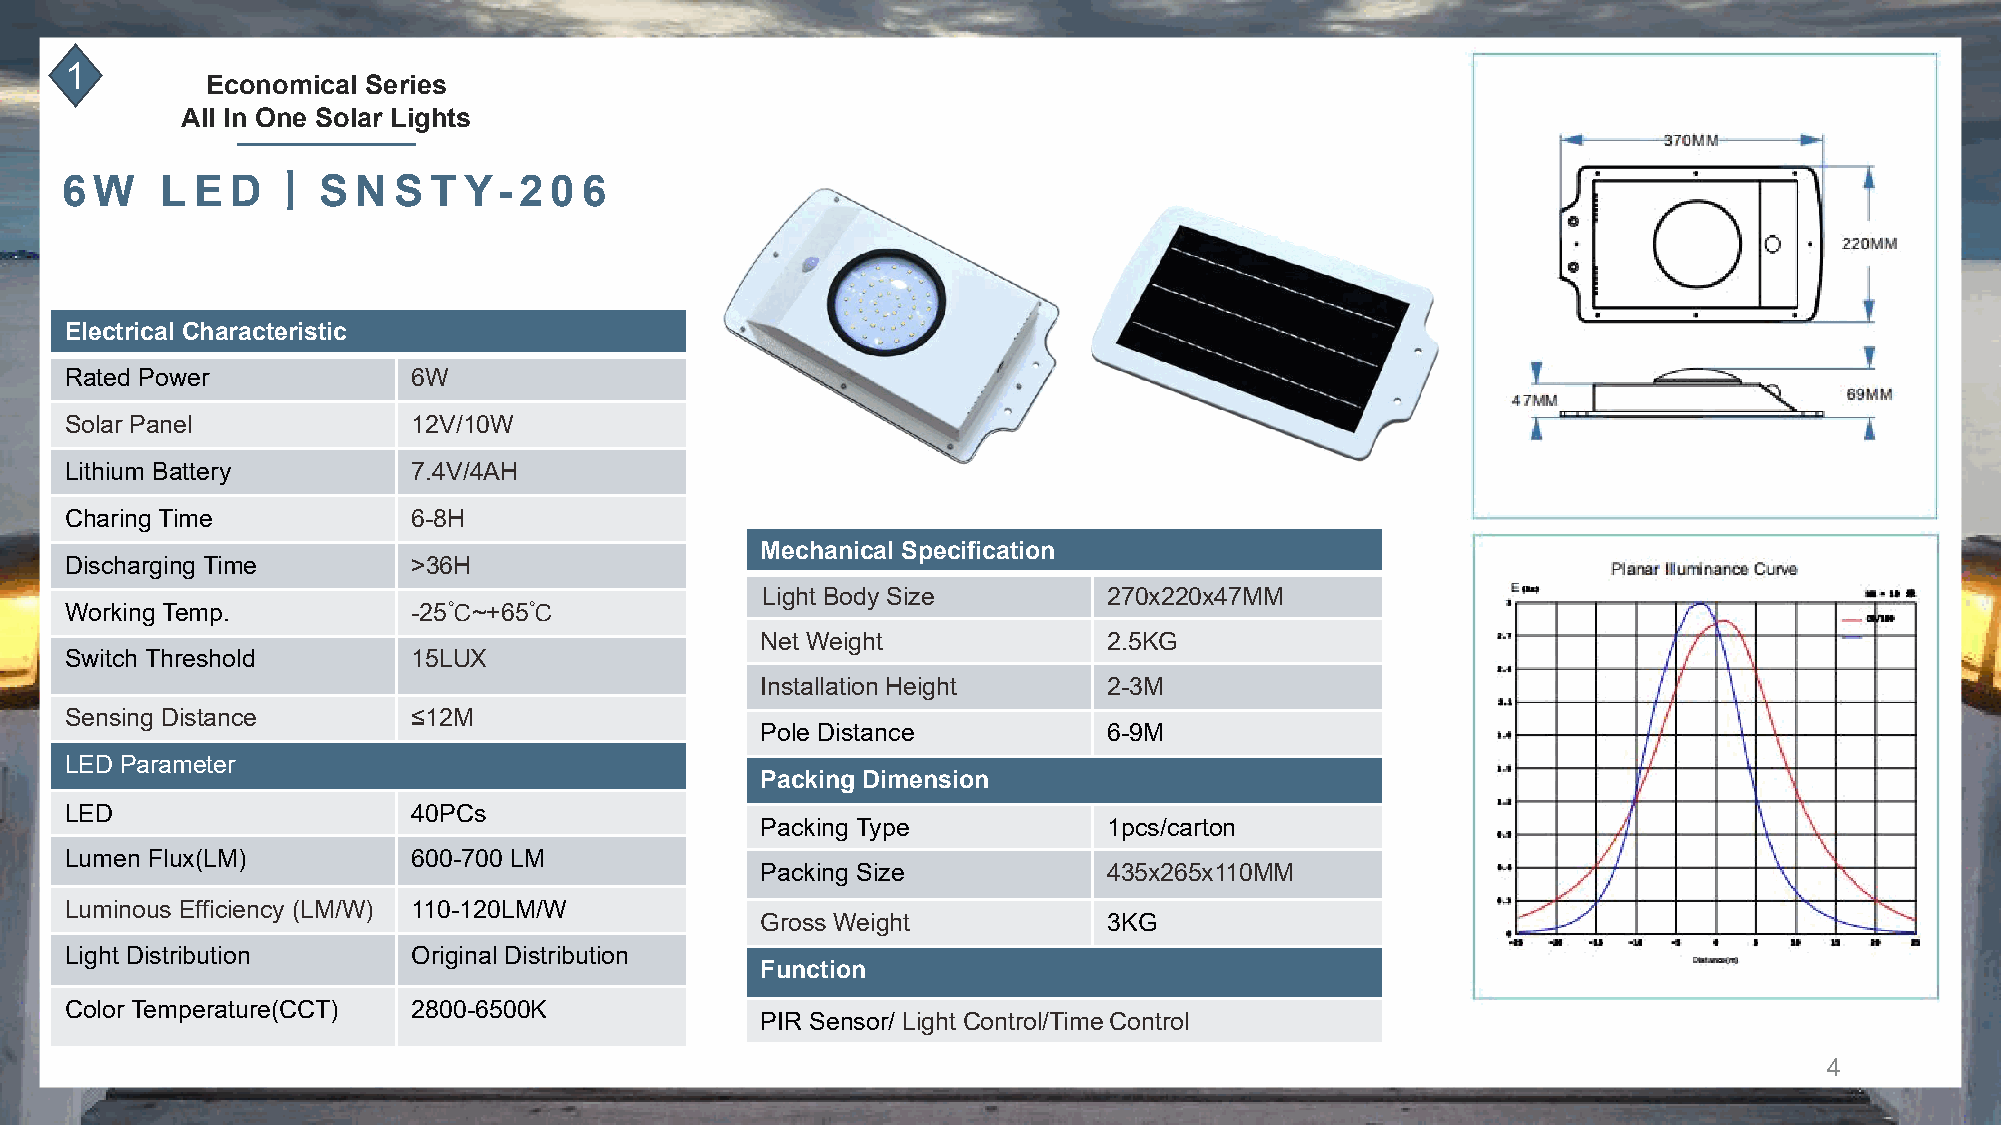
1
 Economical Series
 All In One Solar Lights
 丨
 6 W    L E D     S  N S T  Y- 2 0  6
 Electrical Characteristic
 Rated Power            6W
 Solar Panel            12V/10W
 Lithium Battery        7.4V/4AH
 Charing Time           6-8H
 Mechanical Specification
 Discharging Time       >36H
 Light Body Size        270x220x47MM
 Working Temp.          -25℃~+65℃
 Net Weight             2.5KG
 Switch Threshold       15LUX
 Installation Height    2-3M
 Sensing Distance       ≤12M
 Pole Distance          6-9M
 LED Parameter
 Packing Dimension
 LED                    40PCs
 Packing Type           1pcs/carton
 Lumen Flux(LM)         600-700 LM
 Packing Size           435x265x110MM
 Luminous Efficiency (LM/W) 110-120LM/W
 Gross Weight           3KG
 Light Distribution     Original Distribution
 Function
 Color Temperature(CCT) 2800-6500K
 PIR Sensor/ Light Control/Time Control
 4